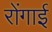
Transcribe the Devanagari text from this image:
रोंगाई